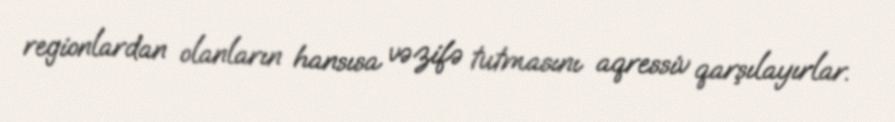
regionlardan olanların hansısa vəzifə tutmasını aqressiv qarşılayırlar.